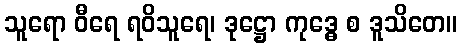
သူရော ဝီရေ ရဝိသူရေ၊ ဒုဋ္ဌော ကုဒ္ဓေ စ ဒူသိတေ။